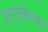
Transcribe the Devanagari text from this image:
गाठलेल्या